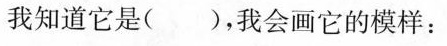
我知道它是( )，我会画它的模样：